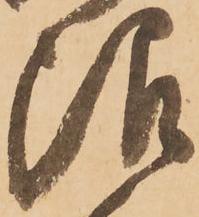
限